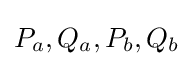
P_{a},Q_{a},P_{b},Q_{b}